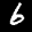
Label: 6